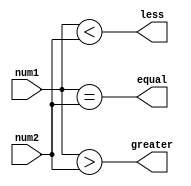
module fixed_point_comparator (
    input signed [31:0] num1, // First fixed-point number
    input signed [31:0] num2, // Second fixed-point number
    output reg equal, // Output is high if num1 equals num2
    output reg greater, // Output is high if num1 is greater than num2
    output reg less // Output is high if num1 is less than num2
);

always @(*) begin
    equal = (num1 == num2);
    greater = (num1 > num2);
    less = (num1 < num2);
end

endmodule